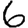
Digit: 6